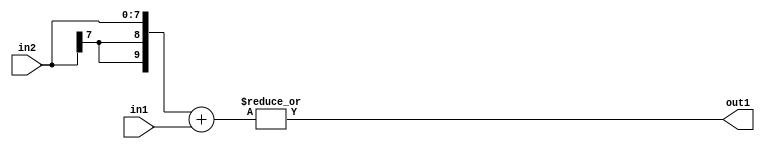
`timescale 1ps / 1ps
/*****************************************************************************
    Verilog RTL Description
    
    
    Created by: Stratus DpOpt 2019.1.01 
*******************************************************************************/

module fix2float_AnyAdd2u8s8_4 (
	in2,
	in1,
	out1
	); /* architecture "behavioural" */ 
input [7:0] in2,
	in1;
output  out1;
wire  asc001;
wire [9:0] asc002;

assign asc002 = 
	+({{2{in2[7]}}, in2})
	+(in1);

assign asc001 = 
	(|asc002);

assign out1 = asc001;
endmodule

/* CADENCE  ubXwSQ4= : u9/ySgnWtBlWxVPRXgAZ4Og= ** DO NOT EDIT THIS LINE ******/